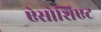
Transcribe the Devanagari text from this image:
ऐसोशिएट